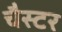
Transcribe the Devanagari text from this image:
चैस्टर